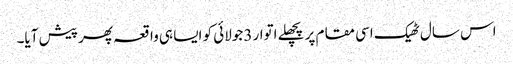
اس سال ٹھیک اسی مقام پر پچھلے اتوار 3جولائی کو ایسا ہی واقعہ پھر پیش آیا۔